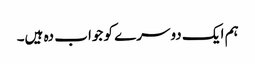
ہم ایک دوسرے کو جواب دہ ہیں۔